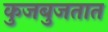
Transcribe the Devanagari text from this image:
कुजबुजतात